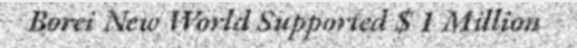
Borei New World Supported $ 1 Million